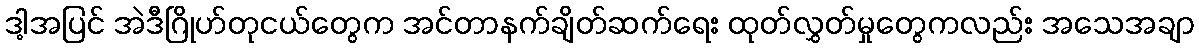
ဒါ့အပြင် အဲဒီဂြိုဟ်တုငယ်တွေက အင်တာနက်ချိတ်ဆက်ရေး ထုတ်လွှတ်မှုတွေကလည်း အသေအချာ